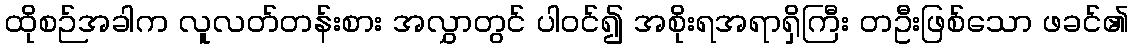
ထိုစဉ်အခါက လူလတ်တန်းစား အလွှာတွင် ပါဝင်၍ အစိုးရအရာရှိကြီး တဦးဖြစ်သော ဖခင်၏